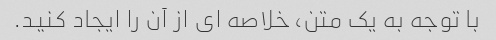
با توجه به یک متن، خلاصه ای از آن را ایجاد کنید.